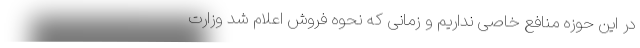
در این حوزه منافع خاصی نداریم و زمانی که نحوه فروش اعلام شد وزارت